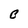
Character: B